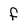
Character: f